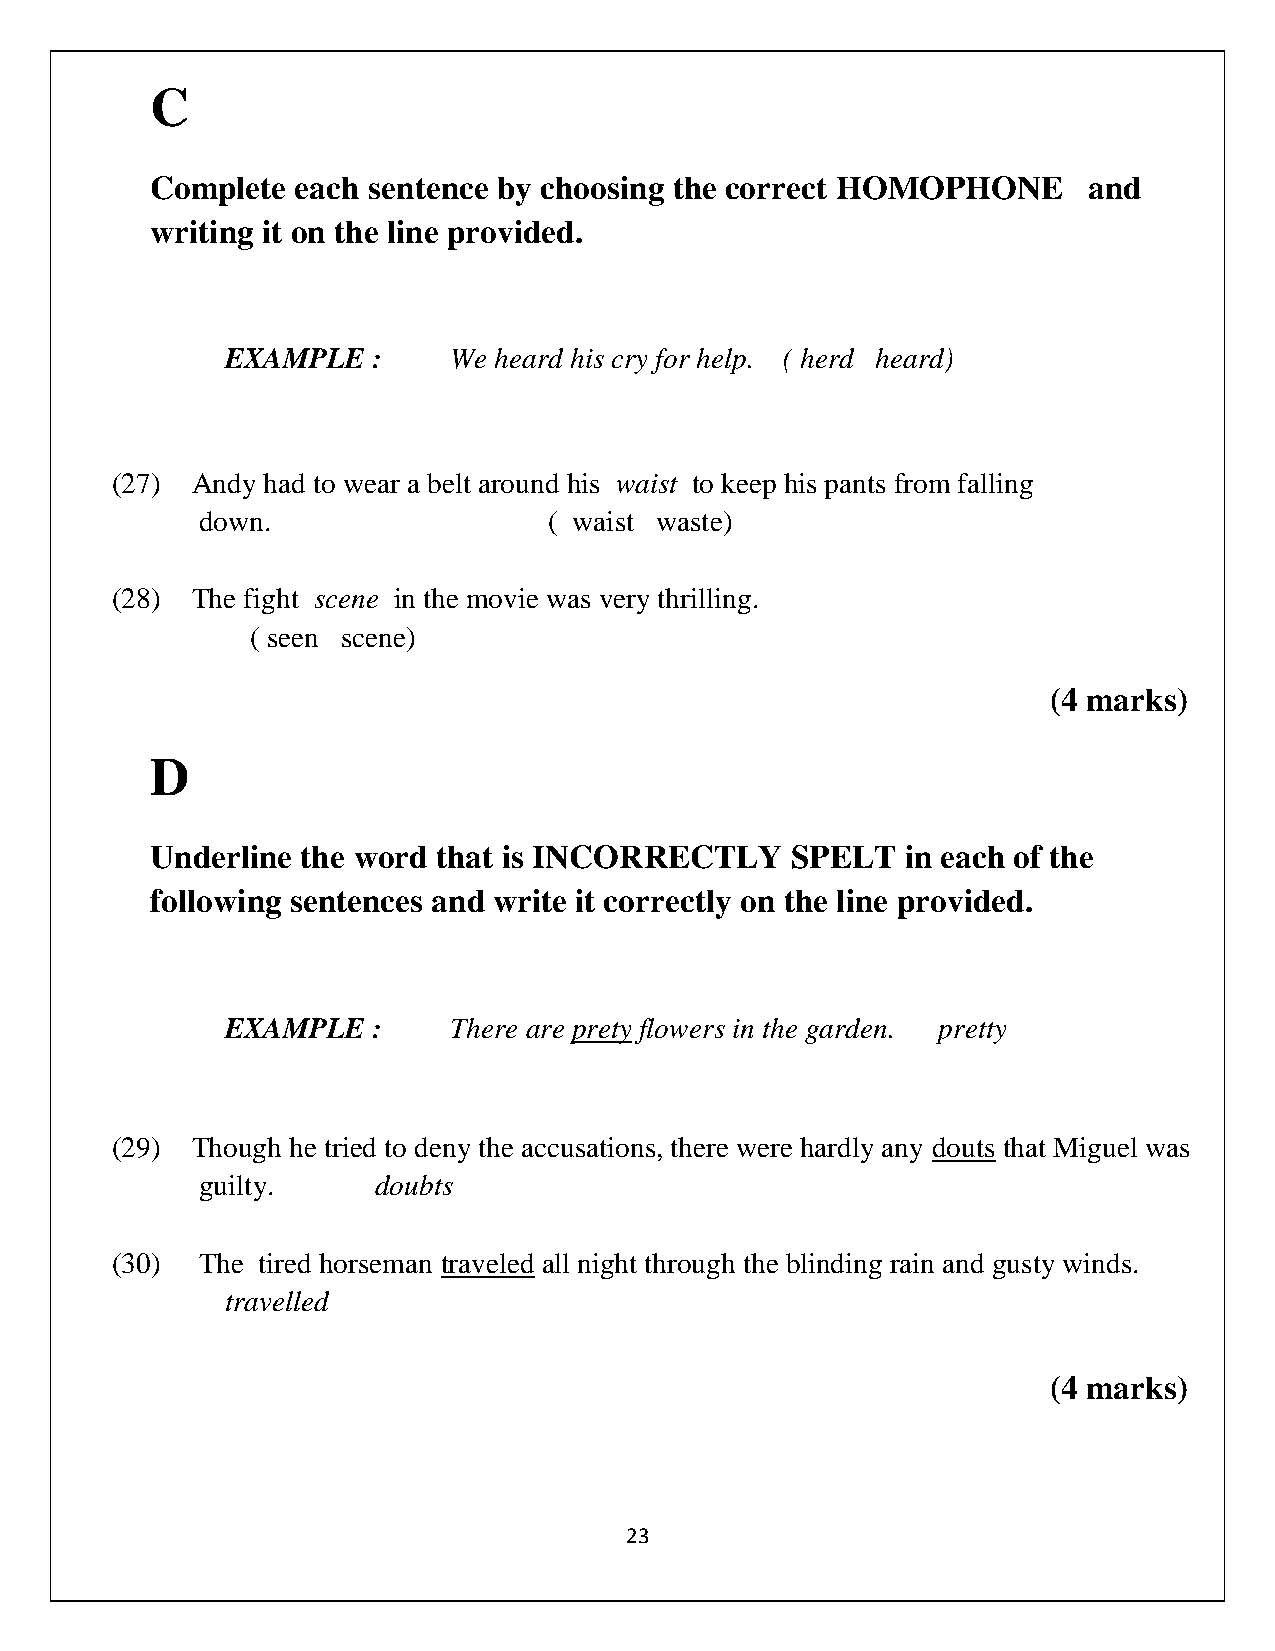
C
 Complete  each sentence by choosing the correct HOMOPHONE     and
 writing it on the line provided.
 EXAMPLE   :    We heard his cry for help. ( herd heard)
 (27)  Andy had to wear a belt around his waist to keep his pants from falling
 down.                  ( waist waste)
 (28)  The fight scene in the movie was very thrilling.
 ( seen scene)
 (4 marks)
 D
 Underline the word that is INCORRECTLY    SPELT   in each of the
 following sentences and write it correctly on the line provided.
 EXAMPLE   :    There are prety flowers in the garden. pretty
 (29)  Though he tried to deny the accusations, there were hardly any douts that Miguel was
 guilty.     doubts
 (30)  The tired horseman traveled all night through the blinding rain and gusty winds.
 travelled
 (4 marks)
 23